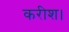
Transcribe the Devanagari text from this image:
करीश।